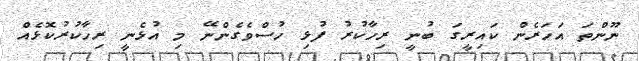
ނޫންތަ އަހަރެން ކައިރީގަ ބުނީ ރިހާކުރު ފުޅި ހުސްވެގެންނޭ މި އުޅެނީ ރިހާކުރުކޮޅެއް